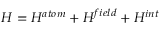
H = H ^ { a t o m } + H ^ { f i e l d } + H ^ { i n t }